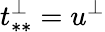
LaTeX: t_{**}^{\perp}=u^{\perp}